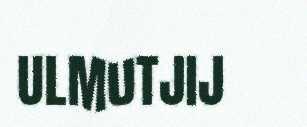
ULMUTJIJ